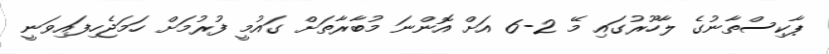
ޕާކިސްތާނުގެ ލާހޫރުގައި މޭ 2-6 އަށް އޮންނަ މުބާރާތަށް ގައުމީ ފުރުމަށް ހަމަޖެހިފައިވަނީ